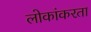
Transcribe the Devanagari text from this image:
लोकांकरता